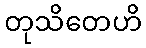
တုသိတေဟိ